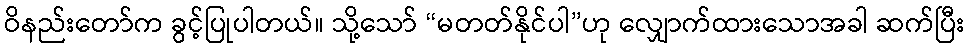
ဝိနည်းတော်က ခွင့်ပြုပါတယ်။ သို့သော် “မတတ်နိုင်ပါ”ဟု လျှောက်ထားသောအခါ ဆက်ပြီး